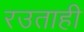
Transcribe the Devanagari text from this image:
रउताही